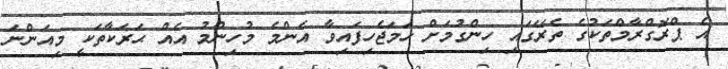
އެ ޕްރޮގްރާމްތަކުގެ ތެރޭގައި ހިންގުމަށް ހަމަޖެހިފައިވާ އެންމެ މުހިންމު އެއް ޙަރަކާތަކީ މިއަންނަ